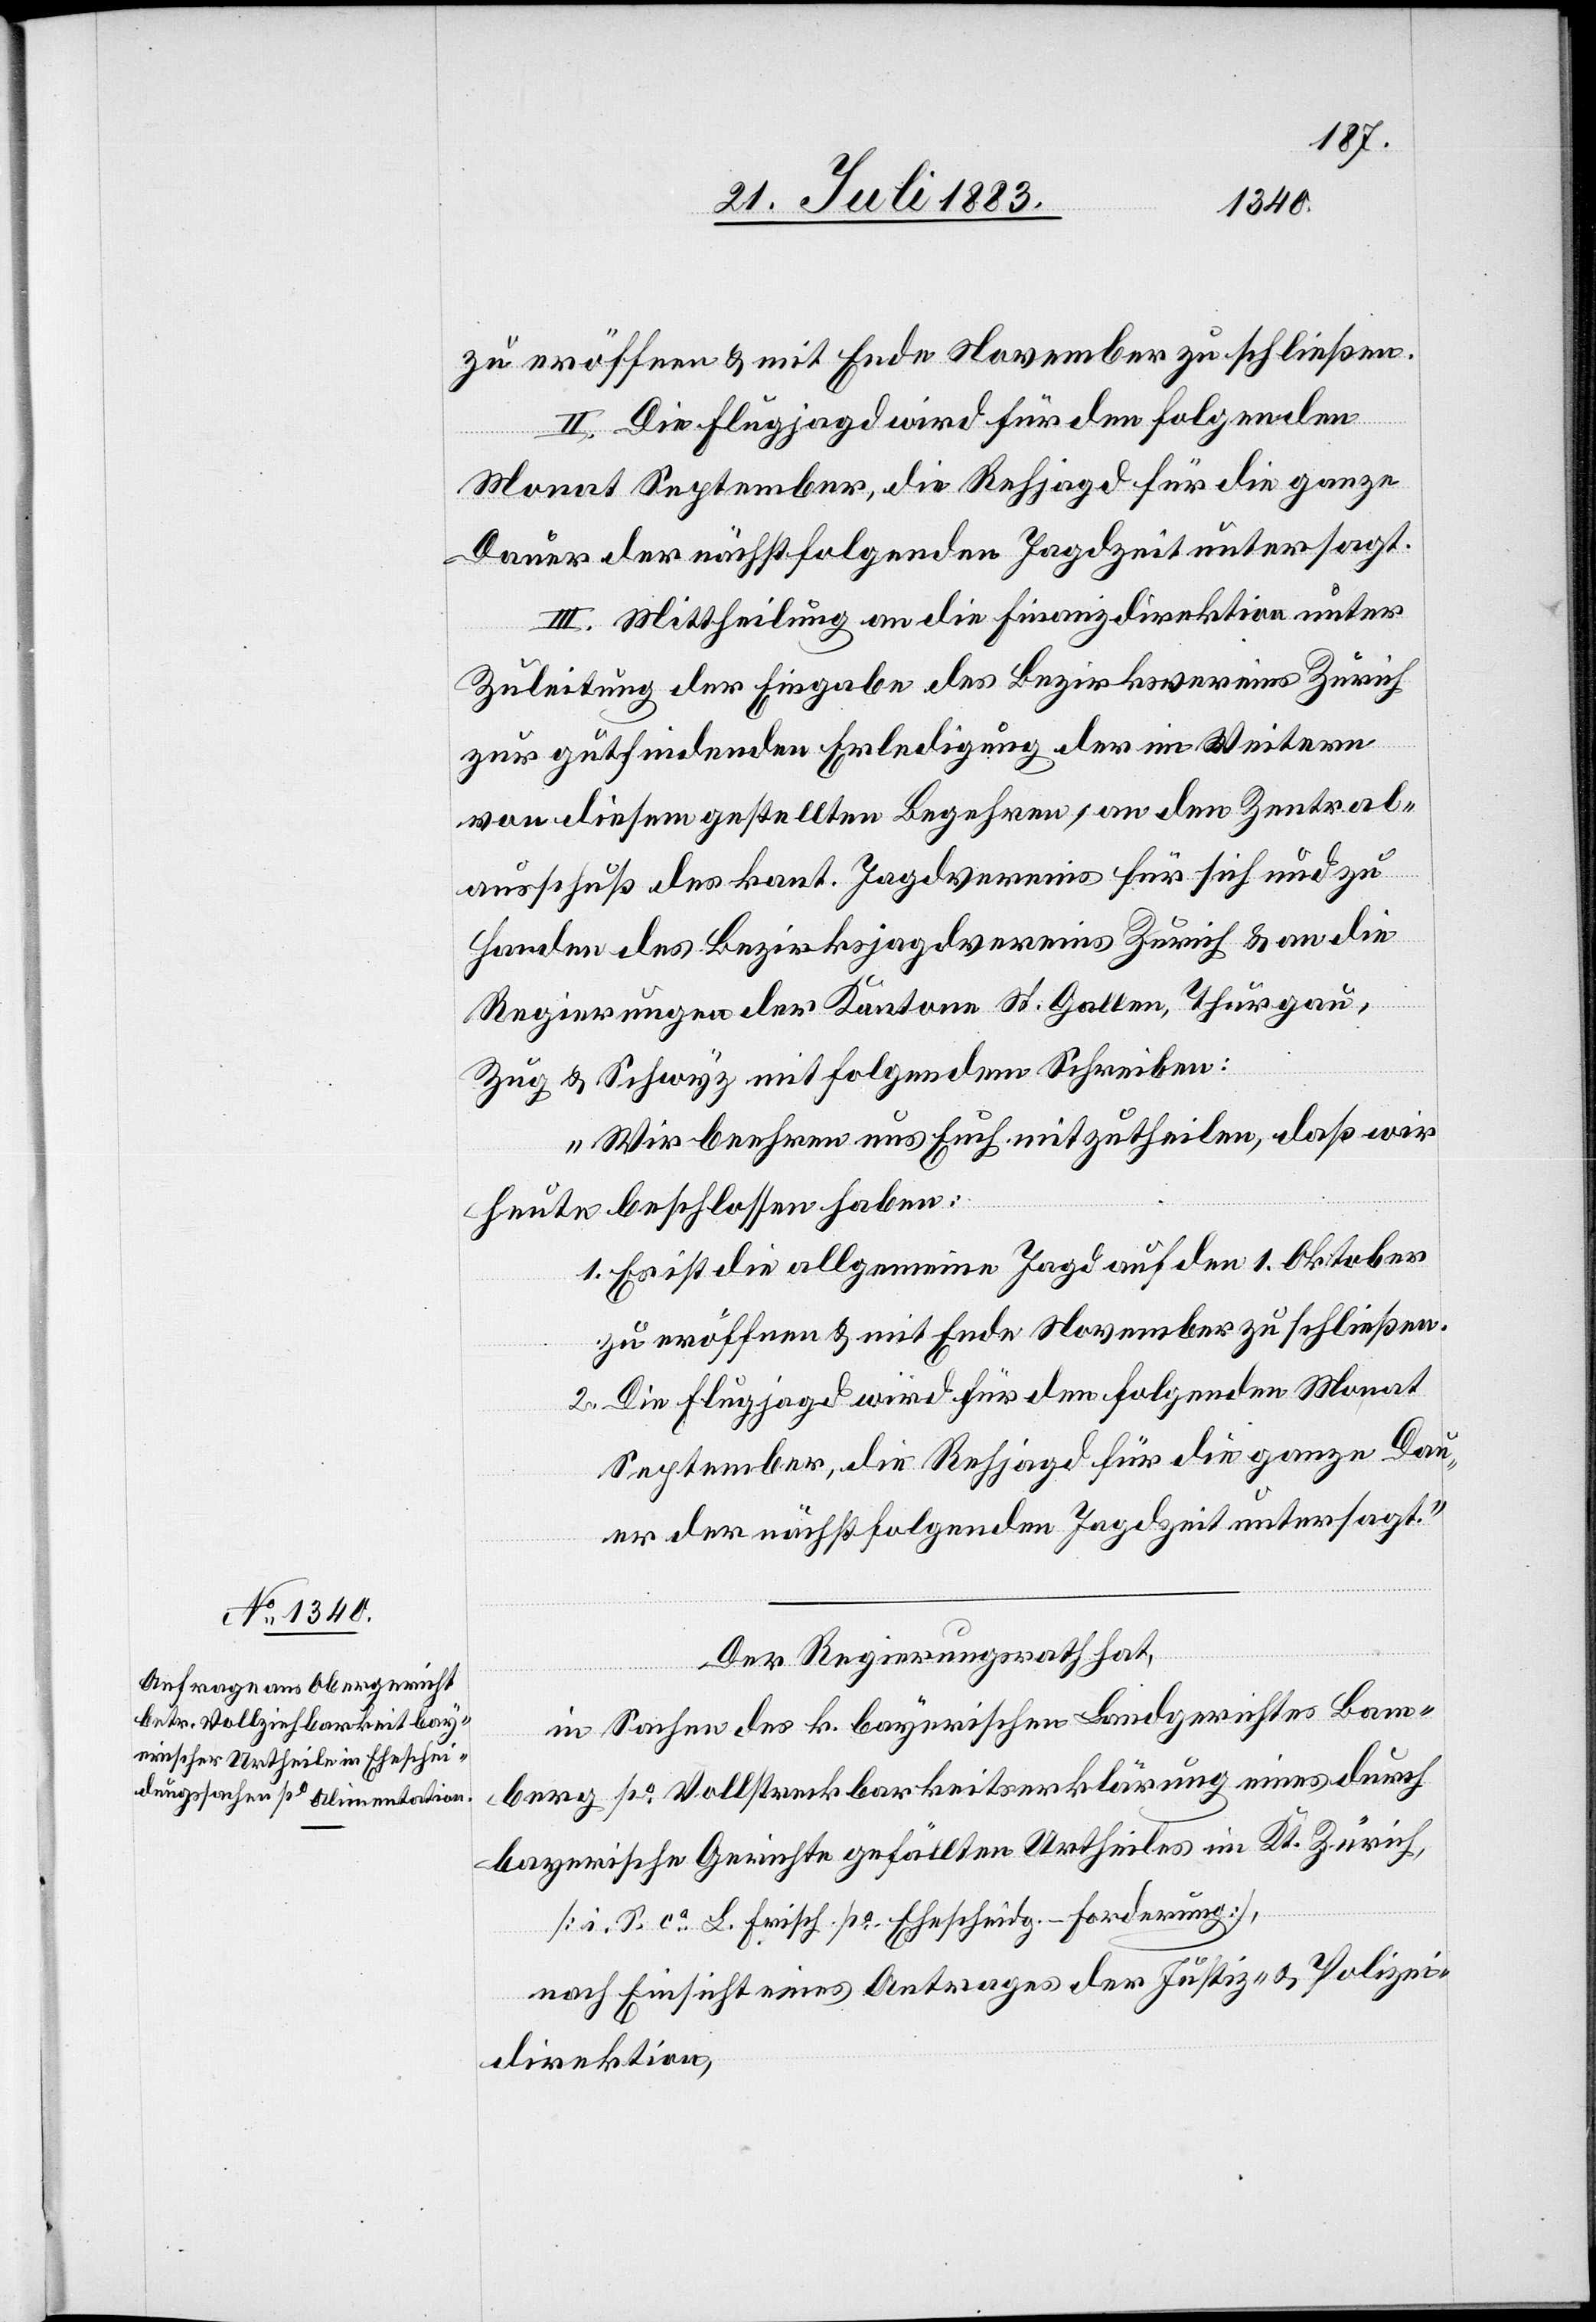
II. Die Flugjagd wird für den folgenden
Monat September, die Rehjagd für die ganze
Dauer der nächstfolgenden Jagdzeit untersagt.
III. Mittheilung an die Finanzdirektion unter
Zuleitung der Eingabe des Bezirksvereins Zürich
zur gutfindenden Erledigung der im Weitern
von diesem gestellten Begehren, an den Zentral¬
ausschuß des kant. Jagdvereins für sich und zu
Handen des Bezirksjagdvereins Zürich & an die
Regierungen der Kantone St. Gallen, Thurgau,
Zug & Schwyz mit folgendem Schreiben:
„Wir beehren uns Euch mitzutheilen, daß wir
heute beschlossen haben:
1. Es ist die allgemeine Jagd auf den 1. Oktober
zu eröffnen & mit Ende November zu schließen.
2. Die Flugjagd wird für den folgenden Monat
September, die Rehjagd für die ganze Dau¬
er der nächstfolgenden Jagdzeit untersagt.“
Der Regierungsrath hat,
in Sachen des k. bayerischen Landgerichtes Bam¬
berg po Vollstreckbarkeitserklärung eines durch
bayerische Gerichte gefällten Urtheiles im Kt. Zürich,
[recte: ?contra] L. Frisch po Ehescheidg.-Forderung],
nach Einsicht eines Antrages der Justiz- & Polizei¬
direktion,